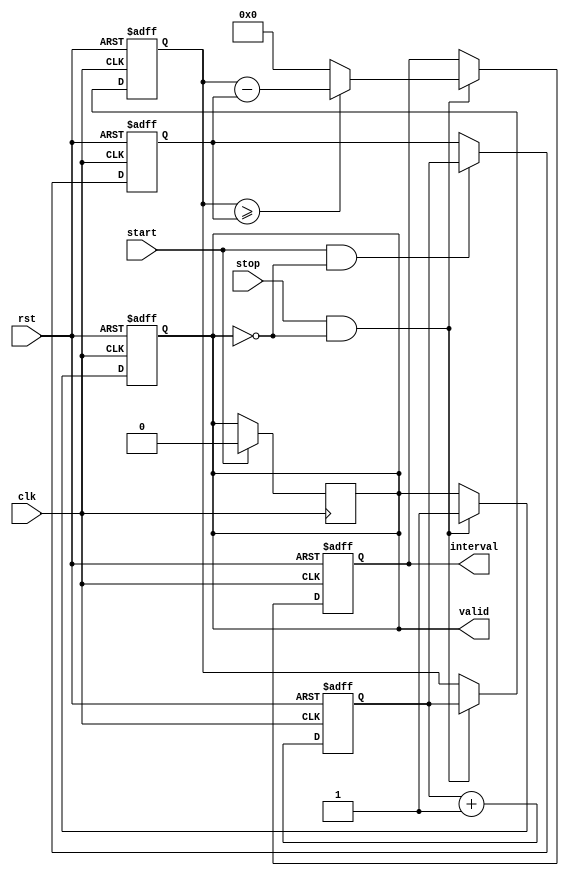
module TDC (
    input wire clk,            // Clock signal
    input wire rst,            // Reset signal
    input wire start,          // Start input
    input wire stop,           // Stop input
    output reg [7:0] interval, // Output register for the time interval
    output reg valid           // Indicates when a valid interval is available
);

    reg [7:0] counter;         // 8-bit counter for clock cycles
    reg [7:0] start_latch;     // Latch for the start counter value
    reg [7:0] stop_latch;      // Latch for the stop counter value

    // Counter logic
    always @(posedge clk or posedge rst) begin
        if (rst) begin
            counter <= 8'b0;    // Reset counter
            start_latch <= 8'b0; // Reset start latch
            stop_latch <= 8'b0;  // Reset stop latch
            interval <= 8'b0;     // Reset interval output
            valid <= 1'b0;        // Reset valid flag
        end else begin
            counter <= counter + 1; // Increment counter

            // Latch on start signal
            if (start && !valid) begin
                start_latch <= counter; // Capture start time
            end

            // Latch on stop signal
            if (stop && !valid) begin
                stop_latch <= counter; // Capture stop time

                // Calculate the time interval
                if (stop_latch >= start_latch) begin
                    interval <= stop_latch - start_latch; // Difference calculation
                end else begin
                    interval <= 8'b0; // Handle wrap around (if necessary)
                end
                
                valid <= 1'b1; // Indicate that a valid result is available
            end
        end
    end

    // Reset the valid flag on a new start signal
    always @(posedge clk) begin
        if (start) begin
            valid <= 1'b0; // Reset valid flag on new start
        end
    end

endmodule